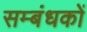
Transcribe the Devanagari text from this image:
सम्बंधकों